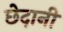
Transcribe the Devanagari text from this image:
छेदानी